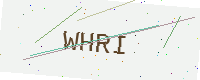
Text: WHRI